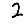
Digit: 2